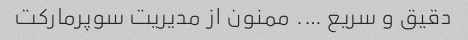
دقیق و سریع …. ممنون از مدیریت سوپرمارکت